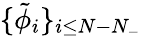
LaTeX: \{ \tilde{\phi}_{i}\} _{i\leq N-N_{-}}